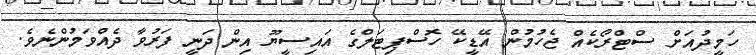
ހަމީދުއަށް ސްޓްރޯކެއް ޖެހުމުން އޭޑީކޭ ހޮސްޕިޓަލްގެ އައިސީޔޫ އިން ދަނީ ފަރުވާ ދެއްވަމުންނެވެ.